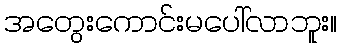
အတွေးကောင်းမပေါ်လာဘူး။